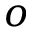
o